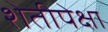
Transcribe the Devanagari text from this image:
शेतीपेक्षा